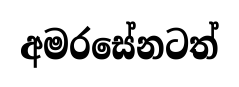
අමරසේනටත්